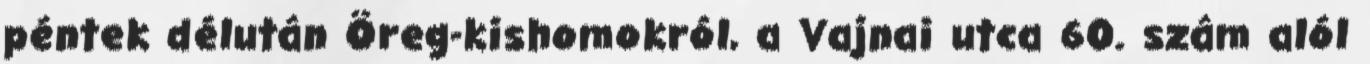
péntek délután Öreg-kishomokról, a Vajnai utca 60. szám alól